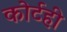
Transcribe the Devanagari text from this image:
कोर्टही